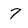
Character: 7